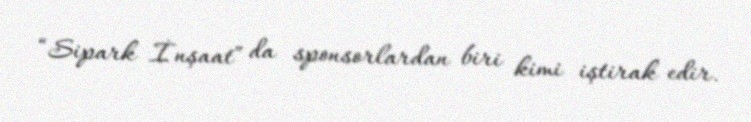
“Sipark İnşaat” da sponsorlardan biri kimi iştirak edir.